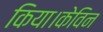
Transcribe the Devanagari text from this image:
किया।केविन